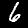
Digit: 6